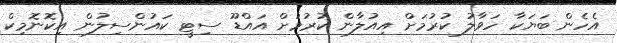
އެހެން ބަޔަކާ ހަވާލު ކުރުމަށް އިއުލާން ކުރުމަށް އައްޑޫ ސިޓީ ކައުންސިލުން އިކޮނޮމިކް